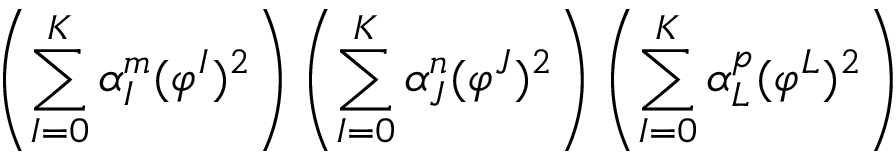
\left( \sum _ { I = 0 } ^ { K } \alpha _ { I } ^ { m } ( \varphi ^ { I } ) ^ { 2 } \right) \left( \sum _ { I = 0 } ^ { K } \alpha _ { J } ^ { n } ( \varphi ^ { J } ) ^ { 2 } \right) \left( \sum _ { I = 0 } ^ { K } \alpha _ { L } ^ { p } ( \varphi ^ { L } ) ^ { 2 } \right)